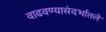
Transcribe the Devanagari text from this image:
वाढवण्यासंदर्भातले